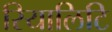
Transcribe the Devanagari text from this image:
रियालिटि